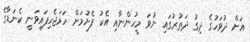
އަށް ދުވަހުގެ ދިގު ދަތުރުގައި ނުވަ މީހުންނާއި އެކު ފެށުމަށް ހަމަޖެހިފައިވަނީ ކެނަޑާގެ